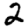
Digit: 2